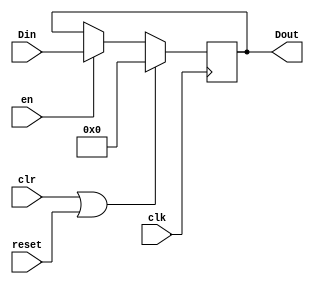
`timescale 1ns / 1ps
//////////////////////////////////////////////////////////////////////////////////
// Company: 
// Engineer: 
// 
// Design Name: 
// Module Name: reg32_neg
// Project Name: 
// Target Devices: 
// Tool Versions: 
// Description: 
// 
// Dependencies: 
// 
// Revision:
// Revision 0.01 - File Created
// Additional Comments:
// 
//////////////////////////////////////////////////////////////////////////////////


module reg_neg(clk,reset,clr,en,Din,Dout);

    parameter WIDTH = 32;
    input clk,reset,clr,en;
    input [WIDTH-1:0] Din;
    output reg [WIDTH-1:0] Dout;
     
    initial
    begin
        Dout <= 0;
    end 
     
    always@(negedge clk) 
    begin   
        if ((clr == 1) || (reset == 1)) 
            Dout <= 0; 
        else if (en)
            Dout <= Din; 
    end  
endmodule